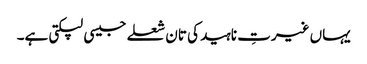
یہاں غیرتِ ناہید کی تان شعلے جیسی لپکتی ہے۔